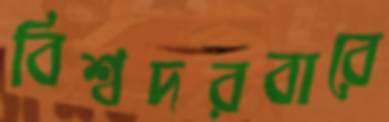
বিশ্বদরবারে